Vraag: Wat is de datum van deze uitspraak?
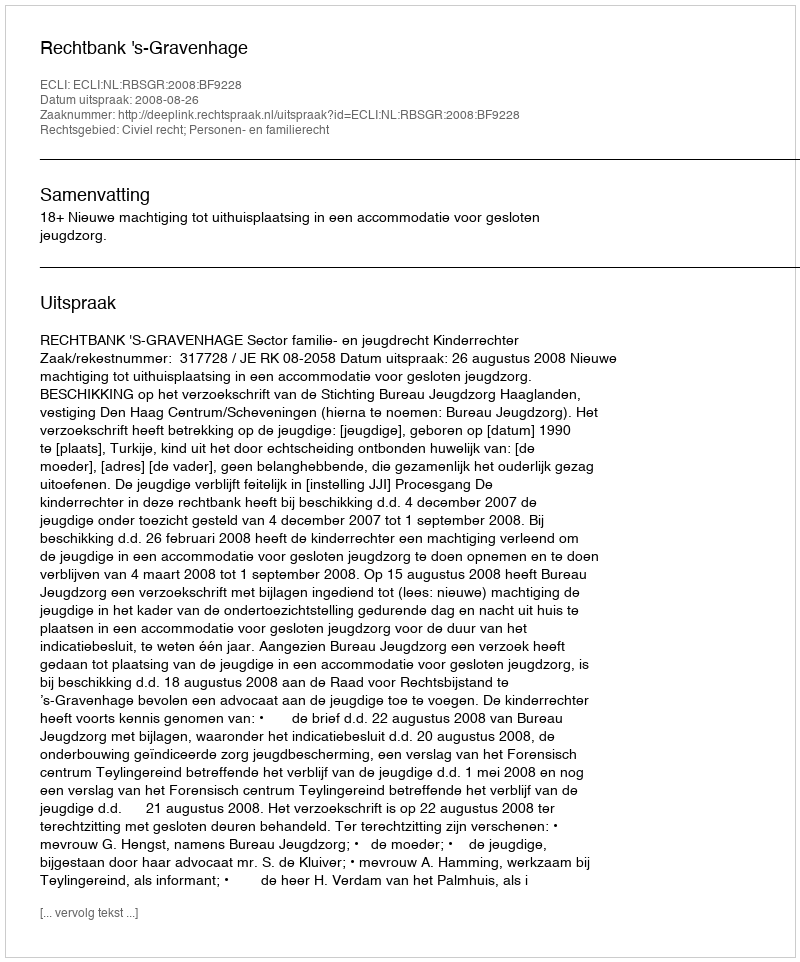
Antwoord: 2008-08-26